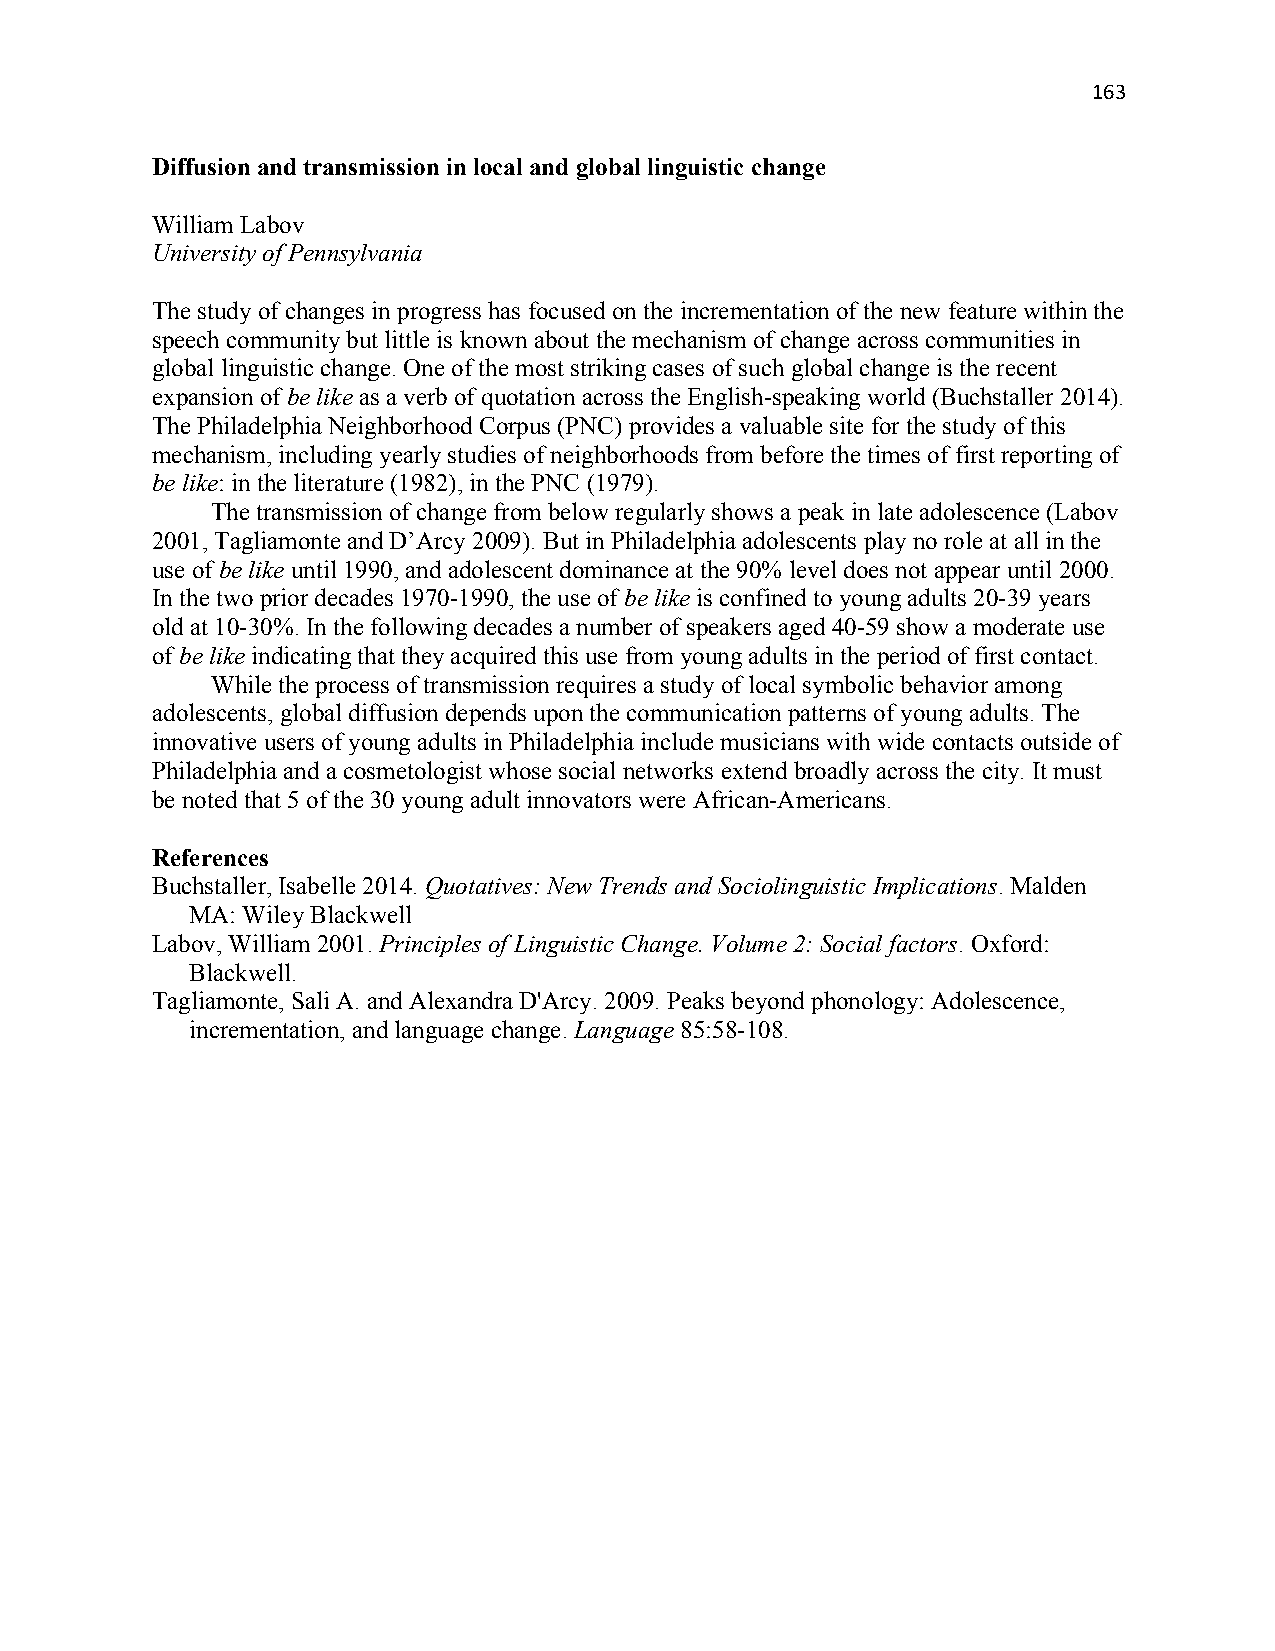
163
 Diffusion and transmission in local and global linguistic change
 William Labov
 University of Pennsylvania
 The study of changes in progress has focused on the incrementation of the new feature within the
 speech community but little is known about the mechanism of change across communities in
 global linguistic change. One of the most striking cases of such global change is the recent
 expansion of be like as a verb of quotation across the English-speaking world (Buchstaller 2014).
 The Philadelphia Neighborhood Corpus (PNC) provides a valuable site for the study of this
 mechanism, including yearly studies of neighborhoods from before the times of first reporting of
 be like: in the literature (1982), in the PNC (1979).
 The transmission of change from below regularly shows a peak in late adolescence (Labov
 2001, Tagliamonte and D’Arcy 2009). But in Philadelphia adolescents play no role at all in the
 use of be like until 1990, and adolescent dominance at the 90% level does not appear until 2000.
 In the two prior decades 1970-1990, the use of be like is confined to young adults 20-39 years
 old at 10-30%. In the following decades a number of speakers aged 40-59 show a moderate use
 of be like indicating that they acquired this use from young adults in the period of first contact.
 While the process of transmission requires a study of local symbolic behavior among
 adolescents, global diffusion depends upon the communication patterns of young adults. The
 innovative users of young adults in Philadelphia include musicians with wide contacts outside of
 Philadelphia and a cosmetologist whose social networks extend broadly across the city. It must
 be noted that 5 of the 30 young adult innovators were African-Americans.
 References
 Buchstaller, Isabelle 2014. Quotatives: New Trends and Sociolinguistic Implications. Malden
 MA: Wiley Blackwell
 Labov, William 2001. Principles of Linguistic Change. Volume 2: Social factors. Oxford:
 Blackwell.
 Tagliamonte, Sali A. and Alexandra D'Arcy. 2009. Peaks beyond phonology: Adolescence,
 incrementation, and language change. Language 85:58-108.